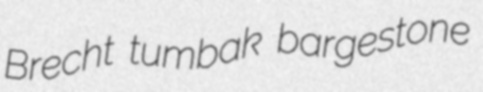
Brecht tumbak bargestone